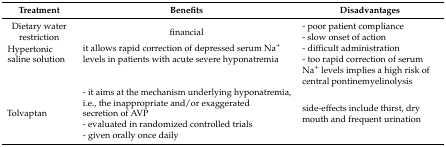
| Treatment | Benefits | Disadvantages |
 | --- | --- | --- |
 | <ROWSPAN=2> Dietary water restriction | <ROWSPAN=2> financial | - poor patient compliance |
 | - slow onset of action |
 | <ROWSPAN=2> Hypertonic saline solution | <ROWSPAN=2> it allows rapid correction of depressed serum Na+ levels in patients with acute severe hyponatremia | - difficult administration |
 | - too rapid correction of serum Na+ levels implies a high risk of central pontinemyelinolysis |
 | <ROWSPAN=3> Tolvaptan | - it aims at the mechanism underlying hyponatremia, i.e., the inappropriate and/or exaggerated secretion of AVP | <ROWSPAN=3> side-effects include thirst, dry mouth and frequent urination |
 | - evaluated in randomized controlled trials |
 | - given orally once daily |